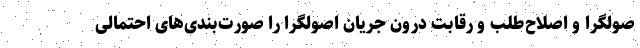
صولگرا و اصلاح‌طلب و رقابت درون جریان اصولگرا را صورت‌بندی‌های احتمالی